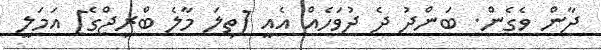
ދާން ވެގެން. ބަންދު ދެ ދުވަހެއް އެއީ [ތިލަ މާލެ ބްރިޖްގެ] އަމަލީ